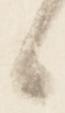
候